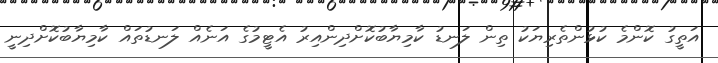
އަތީގު ކޮންމެ ކުޅުންތެރިޔަކު ތިން ލަނޑު ކާމިޔާބުކޮށްދިންއިރު އެެޓީމުގެ އަނެއް ލަނޑުތައް ކާމިޔާބުކޮށްދިނީ